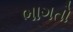
ભાગતો